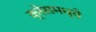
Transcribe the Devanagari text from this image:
क्रेसमध्ये